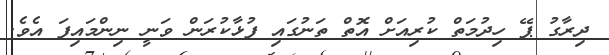
ދިރާގު ޕޭ ހިދުމަތް ކުރިއަށް އޮތް ތަނުގައި ފުޅާކުރަން ވަނީ ނިންމައިފަ އެވެ.